Papaver somniferum - Opium : an extract from the sixth volume of the Dictionary of Economic Products of India
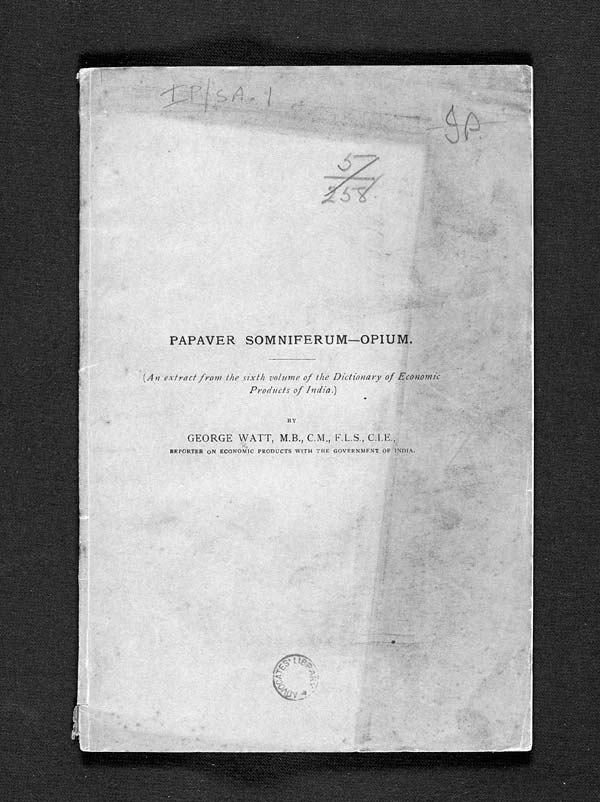
PAPAVER SOMNIFERUM-OPIUM.
(An extract from the sixth volume of the Dictionary of Economic
Products of India.)
BY
GEORGE WATT, M.B., F.L.S., C.I.E.,
REPORTER ON ECONOMIC PRODUCTS WITH THE GOVERNMENT OF INDIA.